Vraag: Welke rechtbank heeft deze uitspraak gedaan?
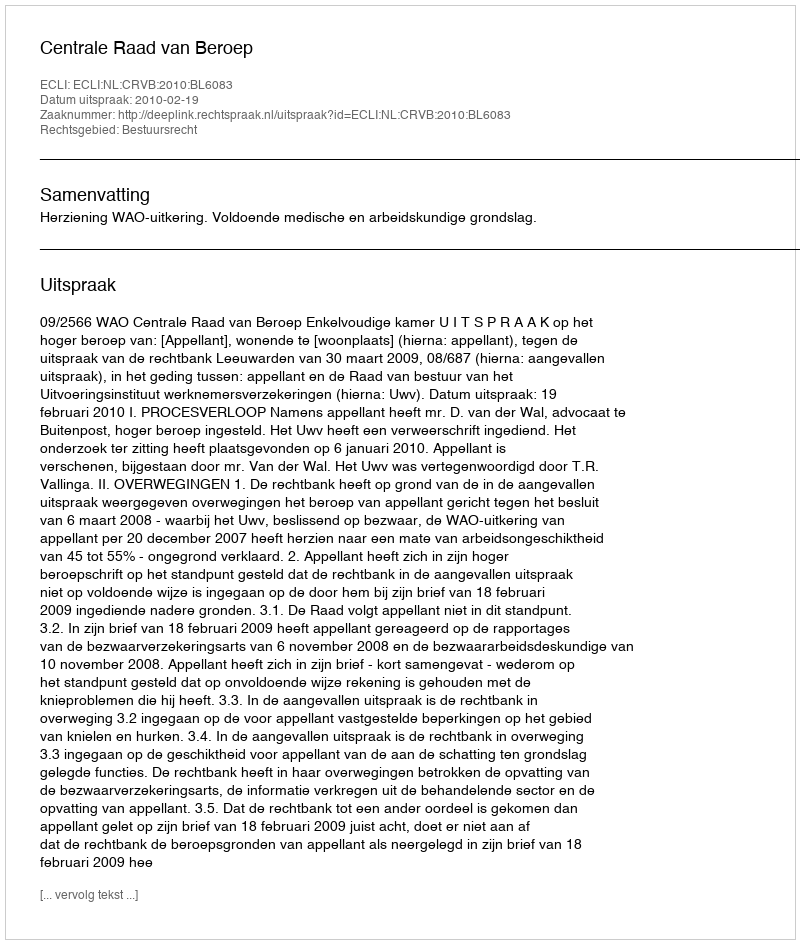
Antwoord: Centrale Raad van Beroep